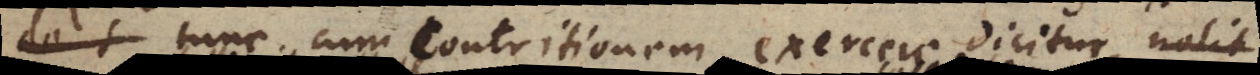
tunc cum contritionem exercere dicitur, nolit